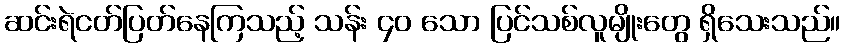
ဆင်းရဲငတ်ပြတ်နေကြသည့် သန်း ၄၀ သော ပြင်သစ်လူမျိုးတွေ ရှိသေးသည်။